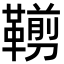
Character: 𩌵